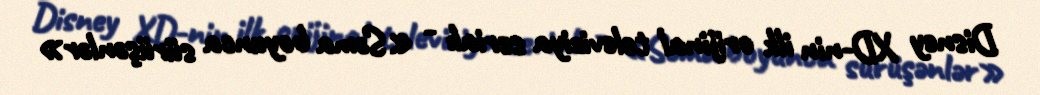
Disney XD-nin ilk orijinal televiziya serialı - «Səma boyunca sürüşənlər»